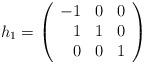
LaTeX: \begin{align*}h_1=\left(\begin{array}{rrr}-1 & 0 & 0\\1 & 1 & 0\\0 & 0 & 1\end{array}\right)\end{align*}